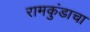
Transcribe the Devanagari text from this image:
रामकुंडाचा